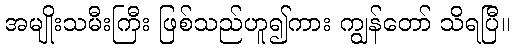
အမျိုးသမီးကြီး ဖြစ်သည်ဟူ၍ကား ကျွန်တော် သိရပြီ။